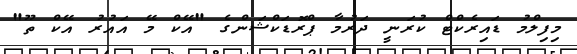
މިފިލްމު ޑައިރެކްޓް ކުރަނީ ދަރުމާ ޕްރޮޑަކްޝަންގެ "އޭކް މޭ އައުރު އޭކް ތޫ"